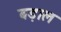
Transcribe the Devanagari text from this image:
बड़ाल